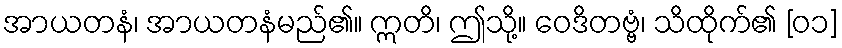
အာယတနံ၊ အာယတနံမည်၏။ ဣတိ၊ ဤသို့။ ဝေဒိတဗ္ဗံ၊ သိထိုက်၏ [၀၁]